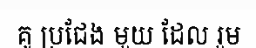
គូ ប្រជែង មួយ ដែល រួម